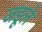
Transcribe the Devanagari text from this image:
जडूले